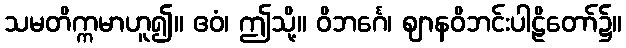
သမတိက္ကမာဟူ၍။ ဧဝံ၊ ဤသို့။ ဝိဘင်္ဂေ၊ ဈာနဝိဘင်းပါဠိတော်၌။